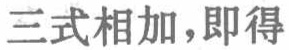
三式相加，即得